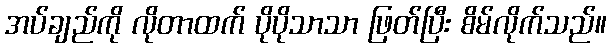
အပ်ချည်ကို လိုတာထက် ပိုပိုသာသာ ဖြတ်ပြီး စိမ်လိုက်သည်။